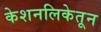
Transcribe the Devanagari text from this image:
केशनलिकेतून